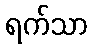
ရက်သာ